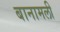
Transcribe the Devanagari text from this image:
बानामली